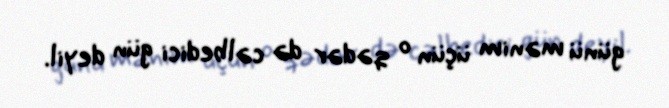
günü mənim üçün o qədər də cəlbedici gün deyil.